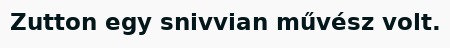
Zutton egy snivvian művész volt.